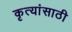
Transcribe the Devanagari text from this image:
कृत्यांसाठी